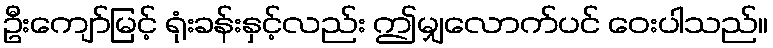
ဦးကျော်မြင့် ရုံးခန်းနှင့်လည်း ဤမျှလောက်ပင် ဝေးပါသည်။